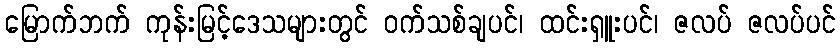
မြောက်ဘက် ကုန်းမြင့်ဒေသများတွင် ဝက်သစ်ချပင်၊ ထင်းရှူးပင်၊ ဇလပ် ဇလပ်ပင်